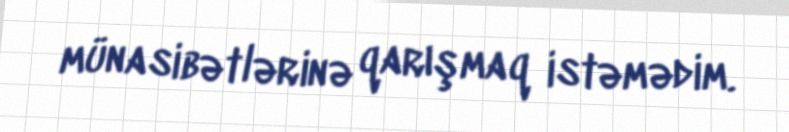
münasibətlərinə qarışmaq istəmədim.